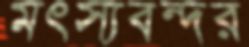
মৎস্যবন্দর